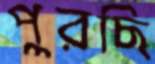
পুরছি